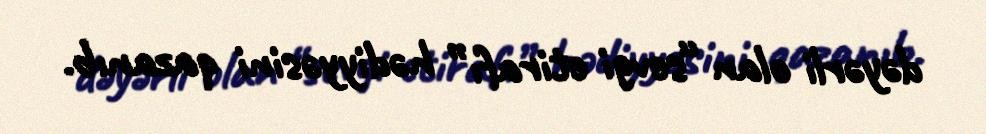
dəyərli olan “sevgi etirafı” hədiyyəsini qazanıb.